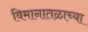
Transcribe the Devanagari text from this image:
विमानातळाच्या